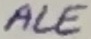
Text: ALE